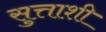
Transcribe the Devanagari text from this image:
सुत्ताशी